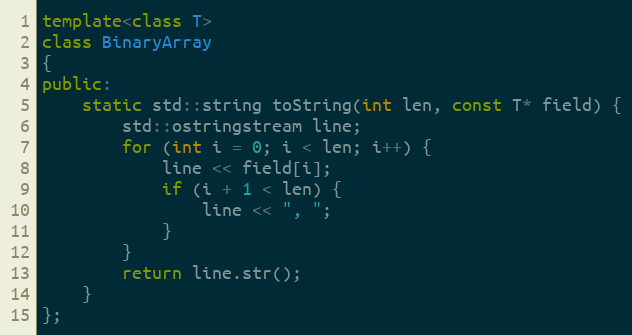
Language: C++
template<class T>
class BinaryArray
{
public:
    static std::string toString(int len, const T* field) {
        std::ostringstream line;
        for (int i = 0; i < len; i++) {
            line << field[i];
            if (i + 1 < len) {
                line << ", ";
            }
        }
        return line.str();
    }
};